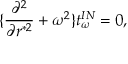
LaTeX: \{ { \frac { \partial ^ { 2 } } { \partial r ^ { * 2 } } } + \omega ^ { 2 } \} t _ { \omega } ^ { I N } = 0 ,